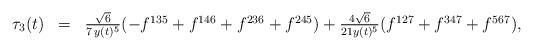
LaTeX: \begin{gather*}\begin{array}{lcl}\tau_3(t)&=&\frac{\sqrt{6}}{7\,y(t)^5}(-f^{135}+f^{146}+f^{236}+f^{245})+\frac{4\sqrt{6}}{21y(t)^5}(f^{127}+f^{347}+ f^{567}),\\\end{array}\end{gather*}